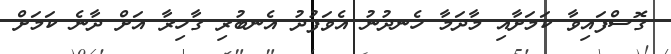
ގޮސްފައިވާ ކަމަށާއި މާދަމާ ހެނދުނު އެވަފުދު އެނބުރި ގާހިރާ އަށް ދާނެ ކަމަށް